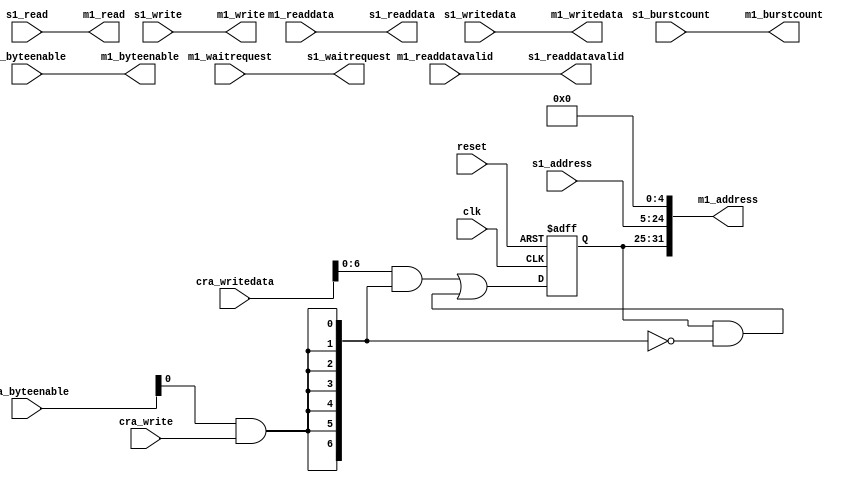
module mem_window (
   clk,
   reset,
   s1_address,
   s1_read,
   s1_readdata,
   s1_readdatavalid,
   s1_write,
   s1_writedata,
   s1_burstcount,
   s1_byteenable,
   s1_waitrequest,
   cra_write,
   cra_writedata,
   cra_byteenable,
   m1_address,
   m1_read,
   m1_readdata,
   m1_readdatavalid,
   m1_write,
   m1_writedata,
   m1_burstcount,
   m1_byteenable,
   m1_waitrequest
);
parameter PAGE_ADDRESS_WIDTH = 20;
parameter MEM_ADDRESS_WIDTH = 32;
parameter NUM_BYTES = 32;
parameter BURSTCOUNT_WIDTH = 1;
parameter CRA_BITWIDTH = 32;
localparam ADDRESS_SHIFT = $clog2(NUM_BYTES);
localparam PAGE_ID_WIDTH = MEM_ADDRESS_WIDTH - PAGE_ADDRESS_WIDTH - ADDRESS_SHIFT;
localparam DATA_WIDTH = NUM_BYTES * 8;
input clk;
input reset;
input [PAGE_ADDRESS_WIDTH-1:0] s1_address;
input s1_read;
output [DATA_WIDTH-1:0] s1_readdata;
output s1_readdatavalid;
input s1_write;
input [DATA_WIDTH-1:0] s1_writedata;
input [BURSTCOUNT_WIDTH-1:0] s1_burstcount;
input [NUM_BYTES-1:0] s1_byteenable;
output s1_waitrequest;
output [MEM_ADDRESS_WIDTH-1:0] m1_address;
output m1_read;
input [DATA_WIDTH-1:0] m1_readdata;
input m1_readdatavalid;
output m1_write;
output [DATA_WIDTH-1:0] m1_writedata;
output [BURSTCOUNT_WIDTH-1:0] m1_burstcount;
output [NUM_BYTES-1:0] m1_byteenable;
input m1_waitrequest;
input cra_write;
input [CRA_BITWIDTH-1:0] cra_writedata;
input [CRA_BITWIDTH/8-1:0] cra_byteenable;
reg [PAGE_ID_WIDTH-1:0] page_id;
reg [CRA_BITWIDTH-1:0] cra_writemask;
integer i;
always@*
  for (i=0; i<CRA_BITWIDTH; i=i+1)
    cra_writemask[i] = cra_byteenable[i/8] & cra_write;
always@(posedge clk or posedge reset)
begin
   if(reset == 1'b1)
      page_id <= {PAGE_ID_WIDTH{1'b0}};
   else
      page_id <= (cra_writedata & cra_writemask) | (page_id & ~cra_writemask);
end
assign m1_address = {page_id, s1_address, {ADDRESS_SHIFT{1'b0}}};
assign m1_read = s1_read;
assign s1_readdata = m1_readdata;
assign s1_readdatavalid = m1_readdatavalid;
assign m1_write = s1_write;
assign m1_writedata = s1_writedata;
assign m1_burstcount = s1_burstcount;
assign m1_byteenable = s1_byteenable;
assign s1_waitrequest = m1_waitrequest;
endmodule